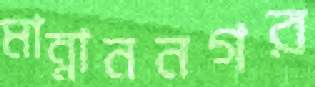
মান্নাননগর